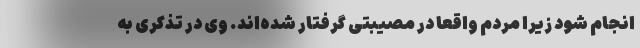
انجام شود زیرا مردم واقعا در مصیبتی گرفتار شده‌اند. وی در تذکری به